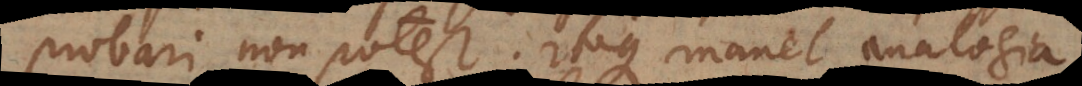
probari non potest. Itaque manet analogia.